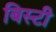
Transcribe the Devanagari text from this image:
बिस्टी